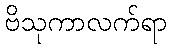
ဗိသုကာလက်ရာ